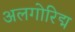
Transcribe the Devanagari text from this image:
अलगोरिद्म